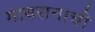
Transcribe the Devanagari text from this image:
गायरानाची